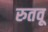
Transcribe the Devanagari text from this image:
रुतवू